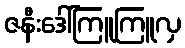
ဇနီးဒေါ်ကြူကြူလှ